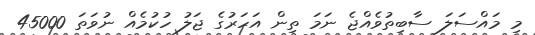
މި މައްސަލަ ސާބިތުވެއްޖެ ނަމަ ތިން އަހަރުގެ ޖަލު ހުކުމެއް ނުވަތަ 45000